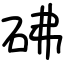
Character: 砩